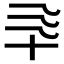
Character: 𰅯